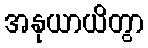
အနုယာယိတွာ